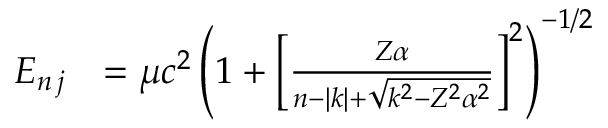
\begin{array} { r l } { E _ { n \, j } } & { = \mu c ^ { 2 } \left( 1 + \left[ { \frac { Z \alpha } { n - | k | + { \sqrt { k ^ { 2 } - Z ^ { 2 } \alpha ^ { 2 } } } } } \right] ^ { 2 } \right) ^ { - 1 / 2 } } \end{array}